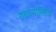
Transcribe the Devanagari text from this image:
यथात्मास्तित्वं